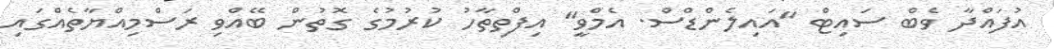
އުފައްދާ ވެބް ސައިޓް "އައިލެންޑްސް. އެމްވީ" އިފްތިތާހު ކުރުމުގެ ގޮތުން ބޭއްވި ރަސްމިއްޔާތެއްގައި